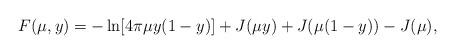
LaTeX: \begin{align*}F(\mu,y) = - \ln [4 \pi \mu y(1-y)] + J(\mu y) + J(\mu(1-y)) - J(\mu),\end{align*}